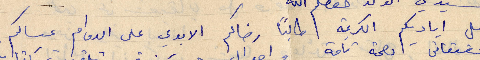
اقبل اياديكم الكريمة طالبًا رضاكم الابدي على الدوام عساكم